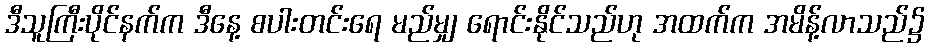
ဒီသူကြီးပိုင်နက်က ဒီနေ့ စပါးတင်းရေ မည်မျှ ရောင်းနိုင်သည်ဟု အထက်က အမိန့်လာသည်၌